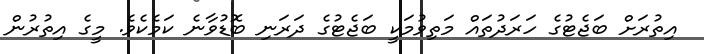
އިތުރަށް ބަޖެޓުގެ ހަރަދުތައް މަތިވުމަކީ ބަޖެޓުގެ ދަރަނި ބޮޑުވާނެ ކަމެކެވެ. މީގެ އިތުރުން